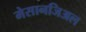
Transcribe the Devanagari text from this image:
मेसानजिअल